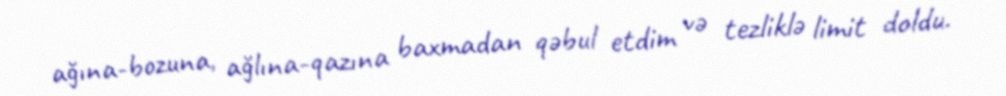
ağına-bozuna, ağlına-qazına baxmadan qəbul etdim və tezliklə limit doldu.